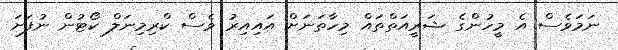
ނަމަވެސް އެ މީހުންގެ ޝަރީއަތްތައް މިހާތަނަށް އައިއިރު ވެސް ކްރިމިނަލް ކޯޓުން ނުފަށަ